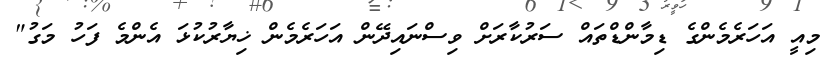
މިއީ އަހަރެމެންގެ ޑިމާންޑްތައް ސަރުކާރަށް ވިސްނައިދޭން އަހަރެމެން ޚިޔާރުކުޅަ އެންމެ ފަހު މަގު"